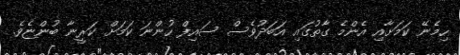
ހިމެނޭ ކަމަށާއި އެންމެ ގާތުގައި އަބަދުވެސް ސައިފް ހުންނަ ކަމަށް ކަރީނާ ބުންޏެވެ.